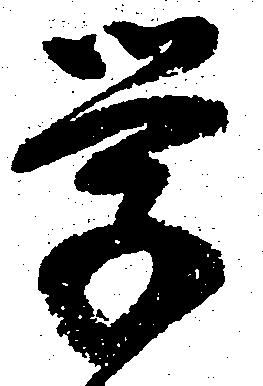
学